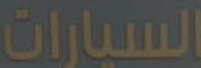
السيارات